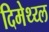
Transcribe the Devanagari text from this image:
दिमेथ्य्ल